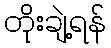
တိုးချဲ့ရန်